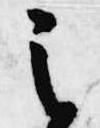
之